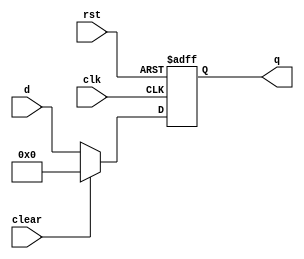
`timescale 1ns / 1ps
//////////////////////////////////////////////////////////////////////////////////
// Company: 
// Engineer: 
// 
// Design Name: 
// Module Name: floprc
// Project Name: 
// Target Devices: 
// Tool Versions: 
// Description: 
// 
// Dependencies: 
// 
// Revision:
// Revision 0.01 - File Created
// Additional Comments:
// 
//////////////////////////////////////////////////////////////////////////////////


module floprc #(parameter WIDTH = 8)(
	input wire clk,rst,clear,
	input wire[WIDTH-1:0] d,
	output reg[WIDTH-1:0] q
    );

	always @(posedge clk,posedge rst) begin
		if(rst) begin
			q <= 0;
		end else if (clear)begin
			q <= 0;
		end else begin 
			q <= d;
		end
	end
endmodule